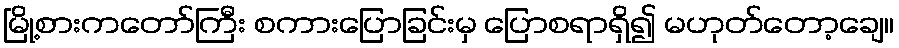
မြို့စားကတော်ကြီး စကားပြောခြင်းမှ ပြောစရာရှိ၍ မဟုတ်တော့ချေ။